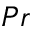
P r